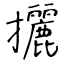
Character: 攦